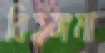
বিহঙ্গমা